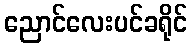
ညောင်လေးပင်ခရိုင်